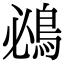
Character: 鴓